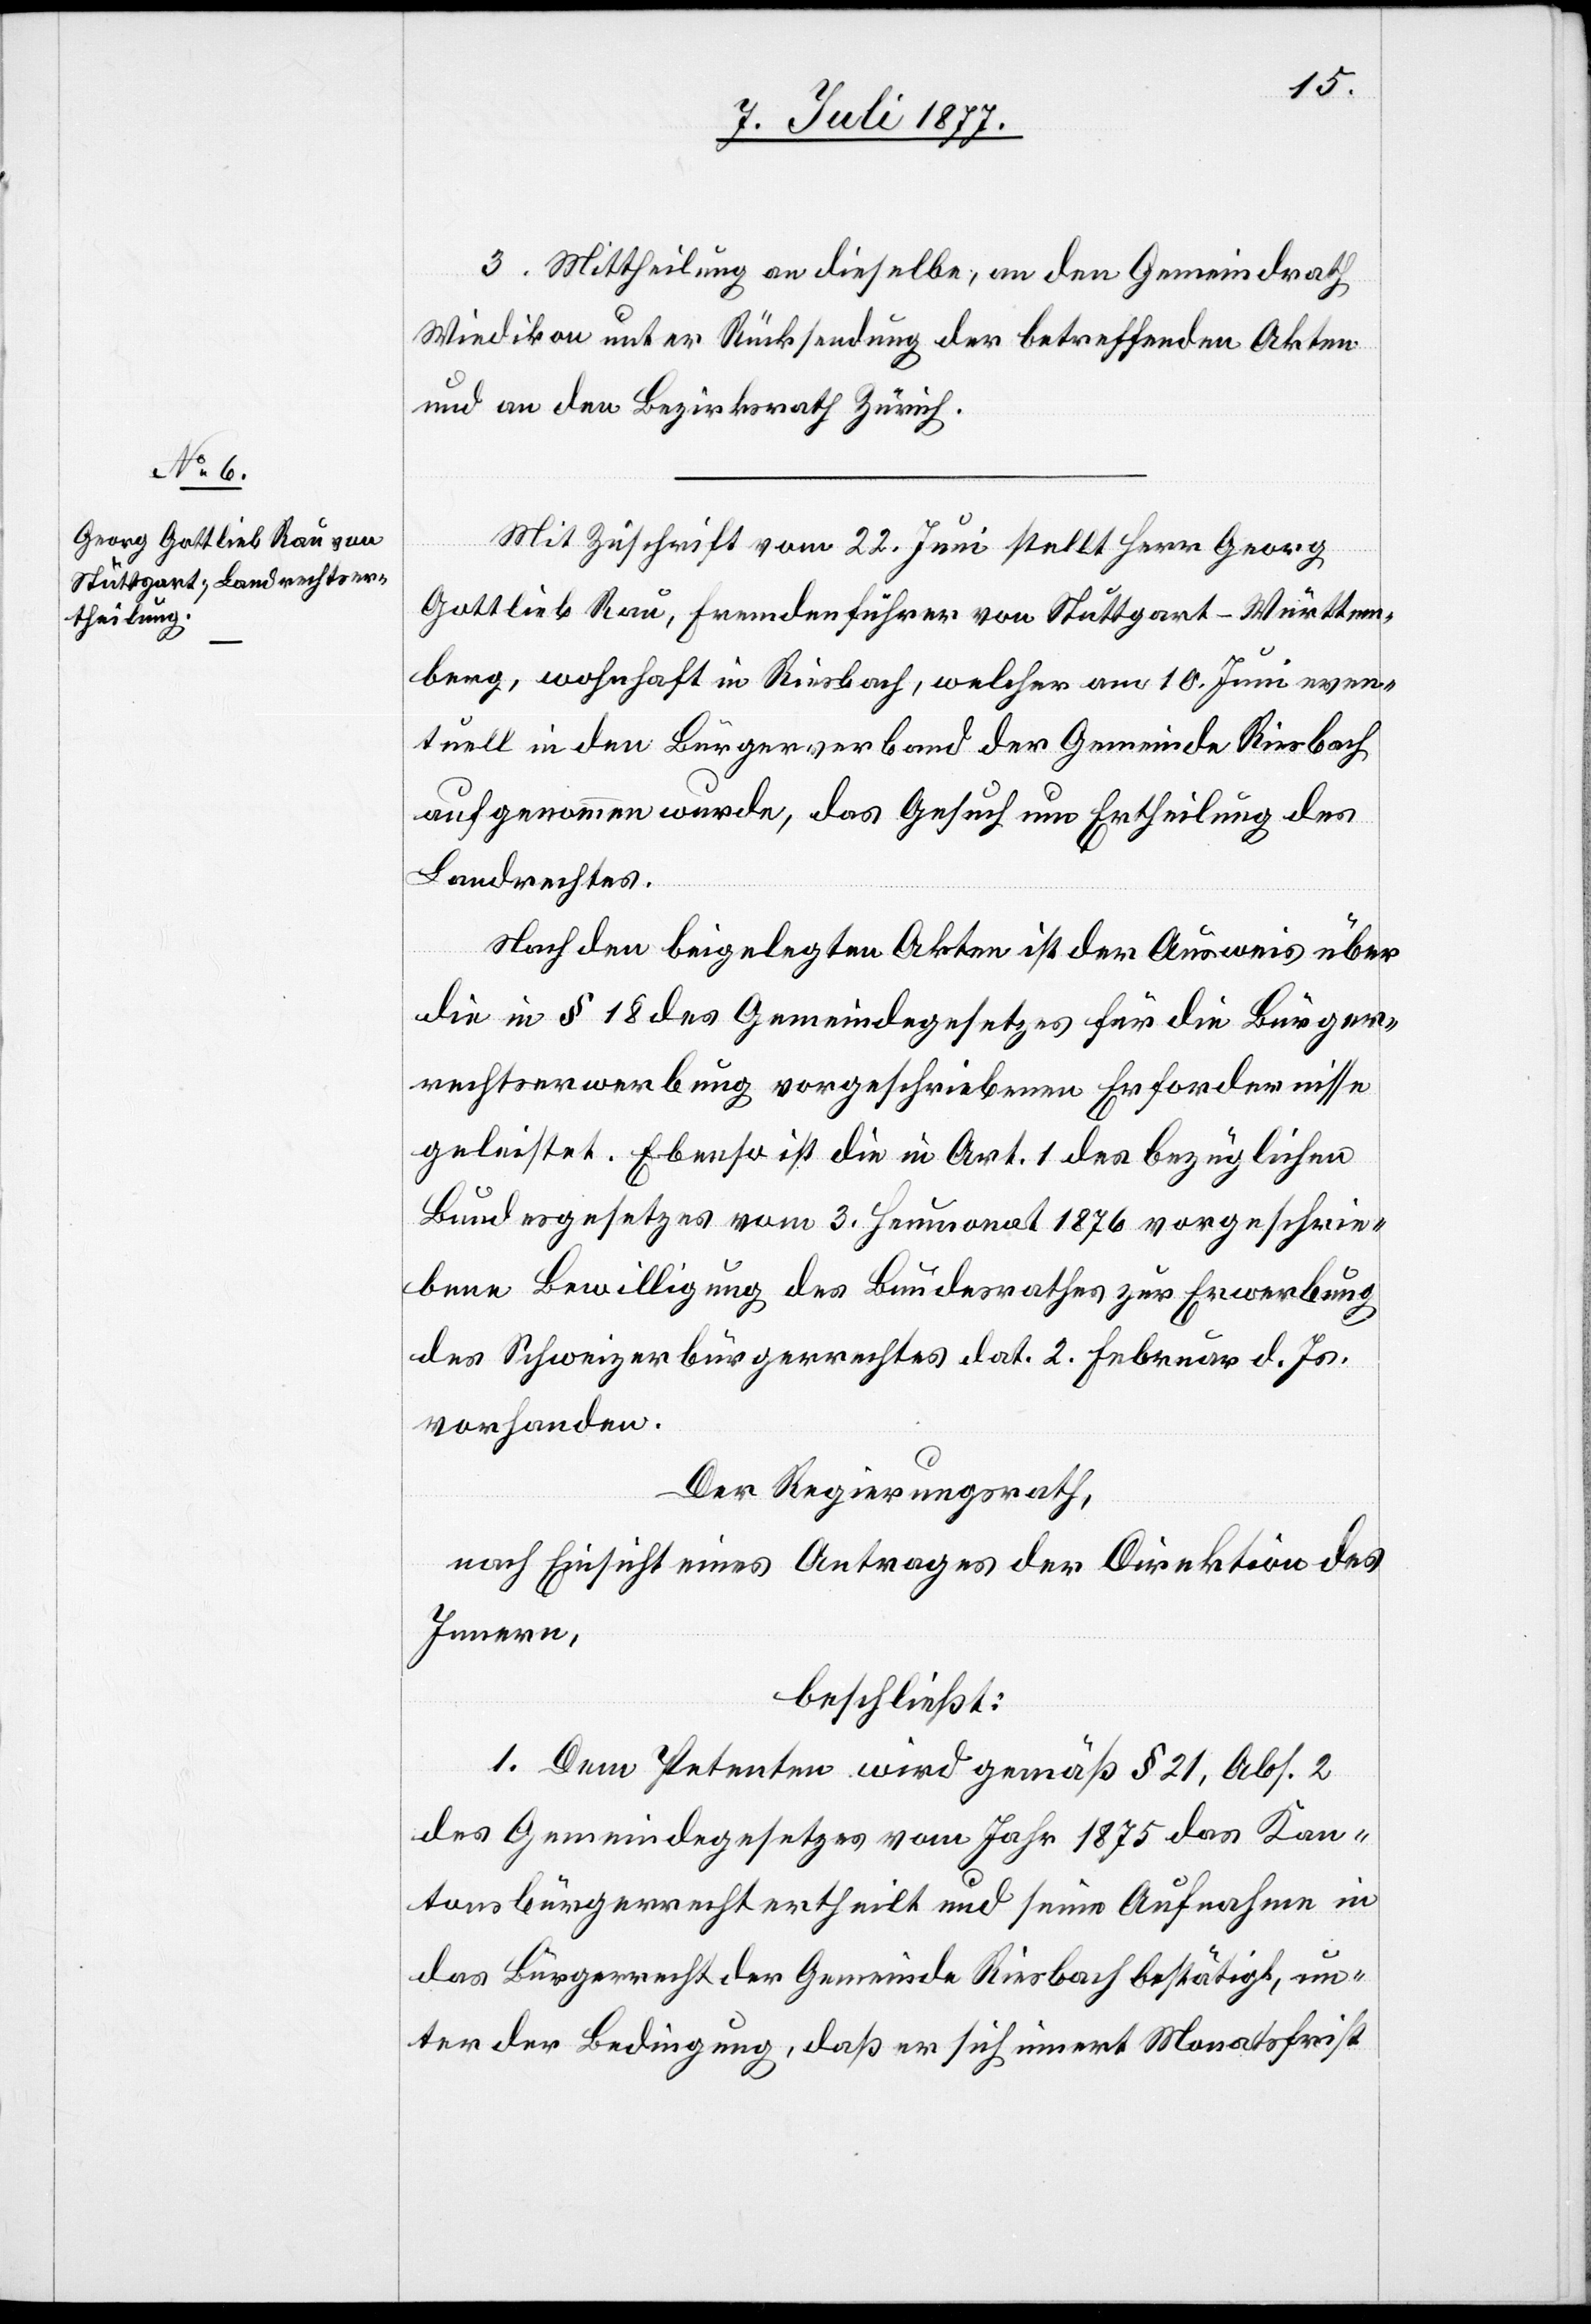
3. Mittheilung an dieselbe, an den Gemeindrath
Wiedikon unter Rücksendung der betreffenden Akten
und an den Bezirksrath Zürich.
Mit Zuschrift vom 22. Juni stellt Herr Georg
Gottlieb Rau, Fremdenführer von Stuttgart - Württem¬
berg, wohnhaft in Riesbach, welcher am 10. Juni even¬
tuell in den Bürgerverband der Gemeinde Riesbach
aufgenommen wurde, das Gesuch um Ertheilung des
Landrechtes.
Nach den beigelegten Akten ist der Ausweis über
die in § 18 des Gemeindegesetzes für die Bürger¬
rechtserwerbung vorgeschriebenen Erfordernisse
geleistet. Ebenso ist die in Art. 1 des bezüglichen
Bundesgesetzes vom 3. Heumonat 1876 vorgeschrie¬
bene Bewilligung des Bundesrathes zur Erwerbung
des Schweizerbürgerrechtes dat. 2. Februar d. Js.
vorhanden.
Der Regierungsrath,
nach Einsicht eines Antrages der Direktion des
Innern,
beschließt:
1. Dem Petenten wird gemäß § 21, Abs. 2
des Gemeindegesetzes vom Jahr 1875 das Kan¬
tonsbürgerrecht ertheilt und seine Aufnahme in
das Bürgerrecht der Gemeinde Riesbach bestätigt, un¬
ter der Bedingung, daß er sich innert Monatsfrist